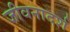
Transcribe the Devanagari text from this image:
जीवनादर्श